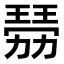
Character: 𤨍